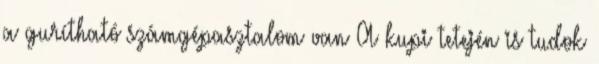
a gurítható számgépasztalom van A kupi tetején is tudok